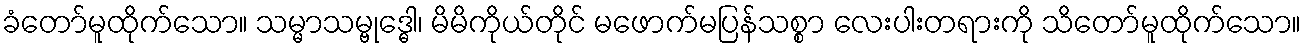
ခံတော်မူထိုက်သော။ သမ္မာသမ္ဗုဒ္ဓေါ၊ မိမိကိုယ်တိုင် မဖောက်မပြန်သစ္စာ လေးပါးတရားကို သိတော်မူထိုက်သော။